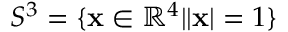
S ^ { 3 } = \{ { \bf x } \in \mathbb { R } ^ { 4 } | | { \bf x } | = 1 \}